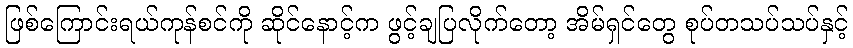
ဖြစ်ကြောင်းရယ်ကုန်စင်ကို ဆိုင်နောင့်က ဖွင့်ချပြလိုက်တော့ အိမ်ရှင်တွေ စုပ်တသပ်သပ်နှင့်